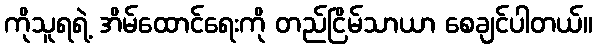
ကိုသူရရဲ့ အိမ်ထောင်ရေးကို တည်ငြိမ်သာယာ စေချင်ပါတယ်။